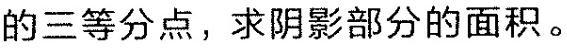
的三等分点，求阴影部分的面积。